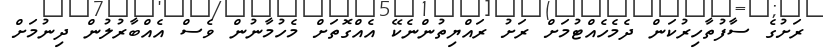
ރަށުގެ ސާފުތާހިރުކަން ދެމެހެއްޓުމަށް ރަށު ރައްޔިތުންނެކޭ އެއްގޮތަށް މެހުމާނުން ވެސް އެއްބާރުލުން ދިނުމަށް